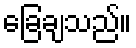
ခြေချသည်။